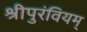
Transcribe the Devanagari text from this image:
श्रीपुरंवियम्